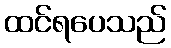
ထင်ရပေသည်